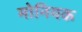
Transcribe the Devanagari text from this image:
मोनियक